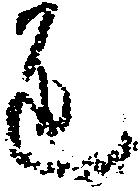
道